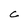
Character: C